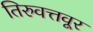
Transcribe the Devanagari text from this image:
तिरुवत्तवूर